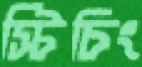
স্টিচিং